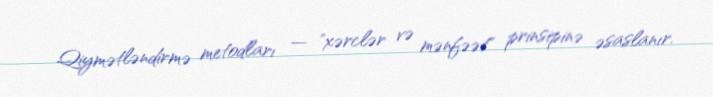
Qiymətləndirmə metodları — "xərclər və mənfəət" prinsipinə əsaslanır.